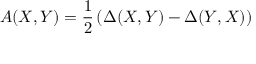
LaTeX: A ( X , Y ) = { \frac { 1 } { 2 } } \left( \Delta ( X , Y ) - \Delta ( Y , X ) \right)